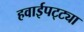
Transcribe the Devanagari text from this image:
हवाईपट्ट्या